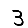
Digit: 3